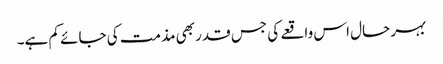
بہر حال اس واقعے کی جس قدر بھی مذمت کی جائے کم ہے۔